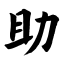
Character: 助